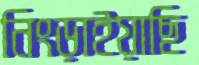
নিংড়াইয়াছি